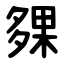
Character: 㚌